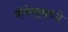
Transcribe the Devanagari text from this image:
कॅमेरामध्ये